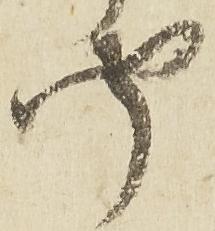
聞